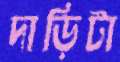
দাড়িটা